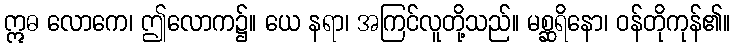
ဣဓ လောကေ၊ ဤလောက၌။ ယေ နရာ၊ အကြင်လူတို့သည်။ မစ္ဆရိနော၊ ဝန်တိုကုန်၏။